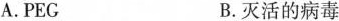
A.PEG B.灭活的病毒